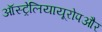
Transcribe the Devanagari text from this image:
ऑस्ट्रेलियायूरोपऔर